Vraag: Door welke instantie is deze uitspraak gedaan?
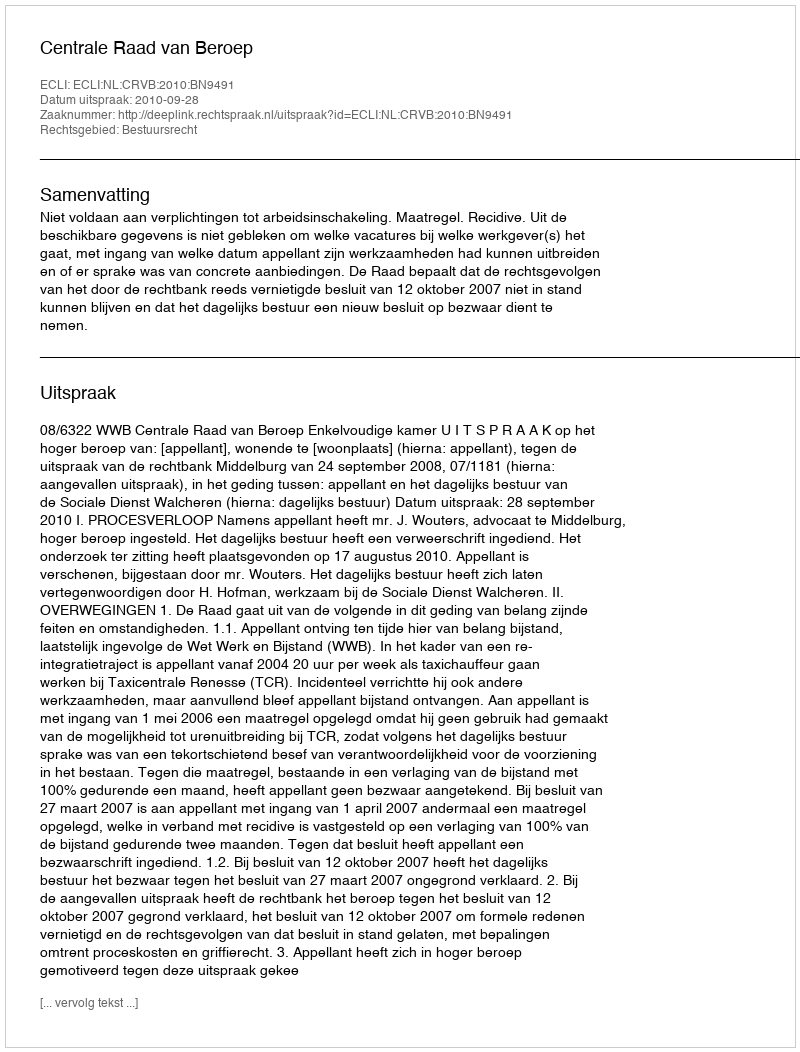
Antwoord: Centrale Raad van Beroep